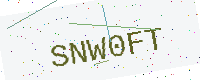
Text: SNW0FT